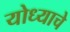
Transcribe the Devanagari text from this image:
योध्याचे